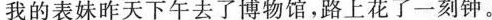
我的表妹昨天下午去了博物馆，路上花了一刻钟。